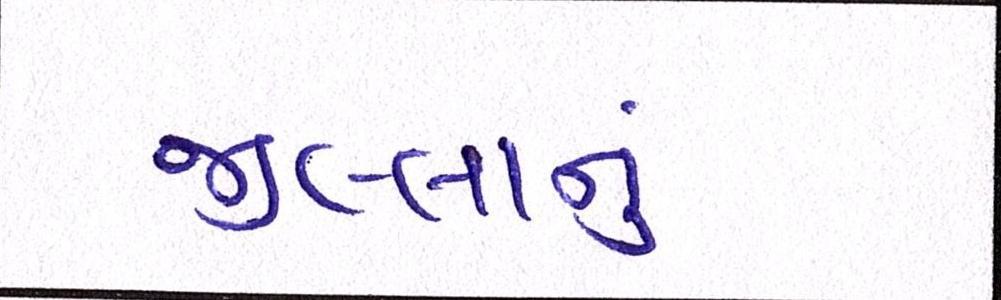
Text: જીલ્લાનું